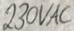
Text: 230VAC